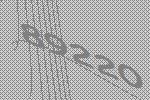
89220